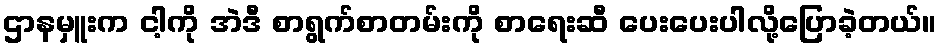
ဌာနမှူးက ငါ့ကို အဲဒီ စာရွက်စာတမ်းကို စာရေးဆီ ပေးပေးပါလို့ပြောခဲ့တယ်။